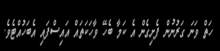
ހަތް ވަނަ ގަރުނުން ފެށިގެން އެ ކަމާ ބެހޭ ވާހަކަތައް އައިސްފައި އެބަހުއްޓެވެ.